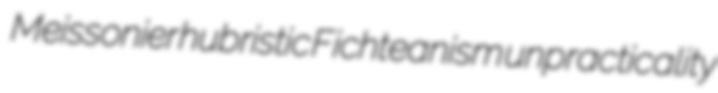
Meissonier hubristic Fichteanism unpracticality